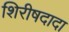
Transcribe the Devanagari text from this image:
शिरीषदादा